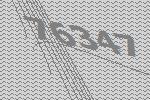
76347